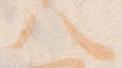
八